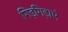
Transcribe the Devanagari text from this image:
गिड़गिड़ाएं